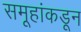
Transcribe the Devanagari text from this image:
समूहांकडून